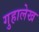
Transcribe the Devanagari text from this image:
गुहालेख